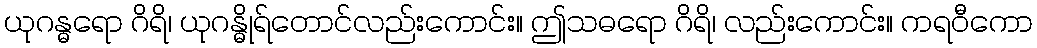
ယုဂန္ဓရော ဂိရိ၊ ယုဂန္ဓိုရ်တောင်လည်းကောင်း။ ဤသဓရော ဂိရိ၊ လည်းကောင်း။ ကရဝီကော